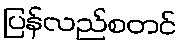
ပြန်လည်စတင်